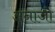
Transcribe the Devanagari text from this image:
अनाजो